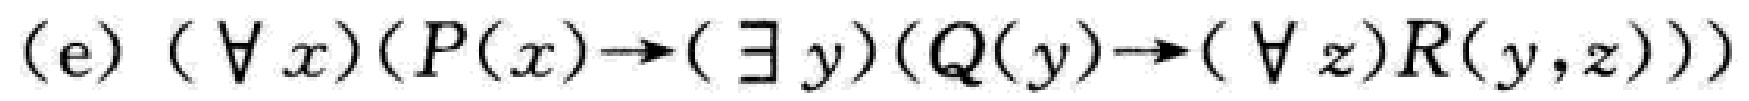
$(\mathrm{e})\ (\forall x)(P(x)\to(\exists y)(Q(y)\to(\forall z)R(y,z)))$